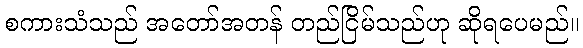
စကားသံသည် အတော်အတန် တည်ငြိမ်သည်ဟု ဆိုရပေမည်။